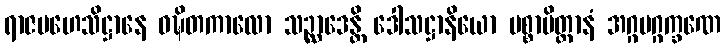
ရာဇမဟေသိဋ္ဌာနေ ဝဍ္ဎိတကာလော သဉ္ဆာဒေန္တိ ဒေါသဋ္ဌာနိယော ပစ္စာမိတ္တာနံ အဂ္ဂမဂ္ဂက္ခဏေ